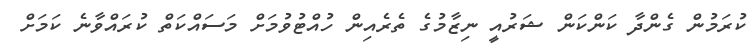
ކުރަމުން ގެންދާ ކަންކަން ޝަރުއީ ނިޒާމުގެ ތެރެއިން ހުއްޓުވުމަށް މަސައްކަތް ކުރައްވާނެ ކަމަށް